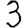
Digit: 3